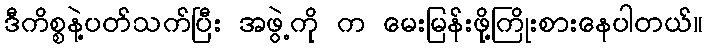
ဒီကိစ္စနဲ့ပတ်သက်ပြီး အဖွဲ့ကို က မေးမြန်းဖို့ကြိုးစားနေပါတယ်။